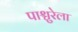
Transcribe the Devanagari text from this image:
पाश्चुरेला